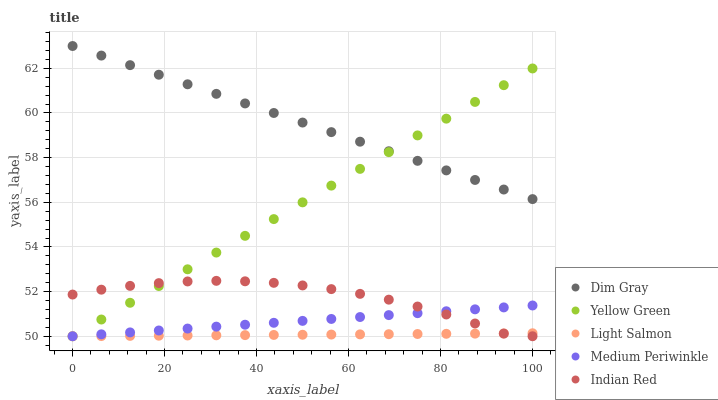
| xaxis_label | Dim Gray | Yellow Green | Light Salmon | Medium Periwinkle | Indian Red |
 | --- | --- | --- | --- | --- | --- |
 | 0 | 63 | 50 | 50 | 50 | 51.9 |
 | 6.25 | 62.6 | 50.7 | 50 | 50.1 | 52.1 |
 | 12.5 | 62.1 | 51.5 | 50 | 50.2 | 52.3 |
 | 18.8 | 61.7 | 52.2 | 50 | 50.3 | 52.4 |
 | 25 | 61.3 | 53 | 50 | 50.3 | 52.5 |
 | 31.2 | 60.9 | 53.7 | 50 | 50.4 | 52.5 |
 | 37.5 | 60.4 | 54.5 | 50.1 | 50.5 | 52.5 |
 | 43.8 | 60 | 55.2 | 50.1 | 50.6 | 52.4 |
 | 50 | 59.6 | 56 | 50.1 | 50.7 | 52.3 |
 | 56.2 | 59.1 | 56.7 | 50.1 | 50.8 | 52.1 |
 | 62.5 | 58.7 | 57.5 | 50.1 | 50.9 | 51.9 |
 | 68.8 | 58.3 | 58.2 | 50.1 | 50.9 | 51.6 |
 | 75 | 57.9 | 59 | 50.1 | 51 | 51.3 |
 | 81.2 | 57.4 | 59.7 | 50.1 | 51.1 | 51 |
 | 87.5 | 57 | 60.5 | 50.1 | 51.2 | 50.6 |
 | 93.8 | 56.6 | 61.2 | 50.1 | 51.3 | 50.1 |
 | 100 | 56.1 | 62 | 50.1 | 51.4 | 50 |